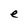
Character: e